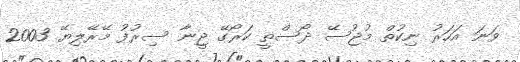
ވަނަ އަހަރު ނިކުތް މުޖުސޭ ދޯސްތީ ކަރޯގޭ ޖީނާ ސިރުފު މޭރޭލިޔޭ 2003